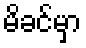
မိခင်မှာ